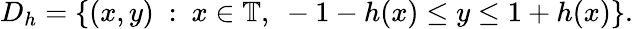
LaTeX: D_{h}=\{ (x,y)\ :\ x\in\mathbb{T},\ -1-h(x)\leq y\leq 1+h(x)\} .